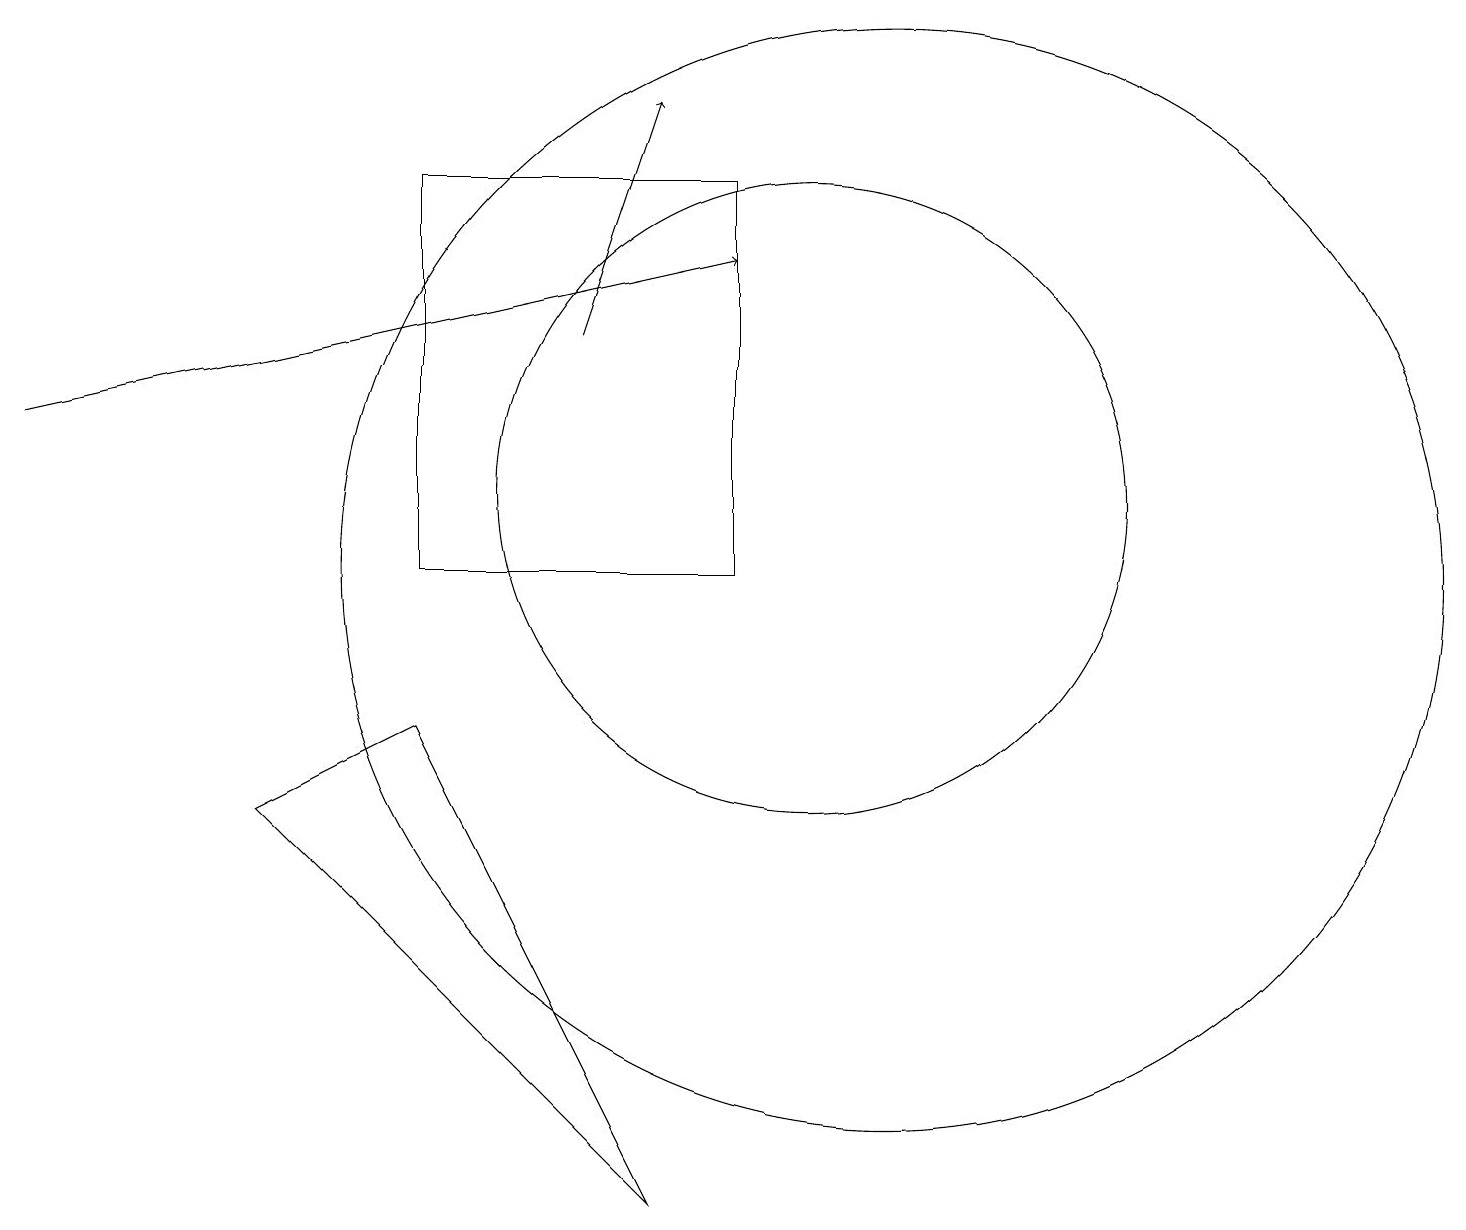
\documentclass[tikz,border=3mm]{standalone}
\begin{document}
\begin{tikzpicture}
\draw (11,10) circle (7);
\draw[->] (7,13) -- (8,16);
\draw (5,10) rectangle (9,15);
\draw (3,7) -- (8,2) -- (5,8) -- cycle;
\draw[->] (0,12) -- (9,14);
\draw (10,11) circle (4);
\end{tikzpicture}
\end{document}